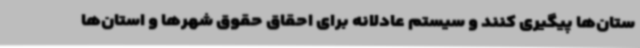
ستان‌ها پیگیری کنند و سیستم عادلانه برای احقاق حقوق شهرها و استان‌ها